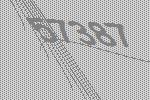
57387